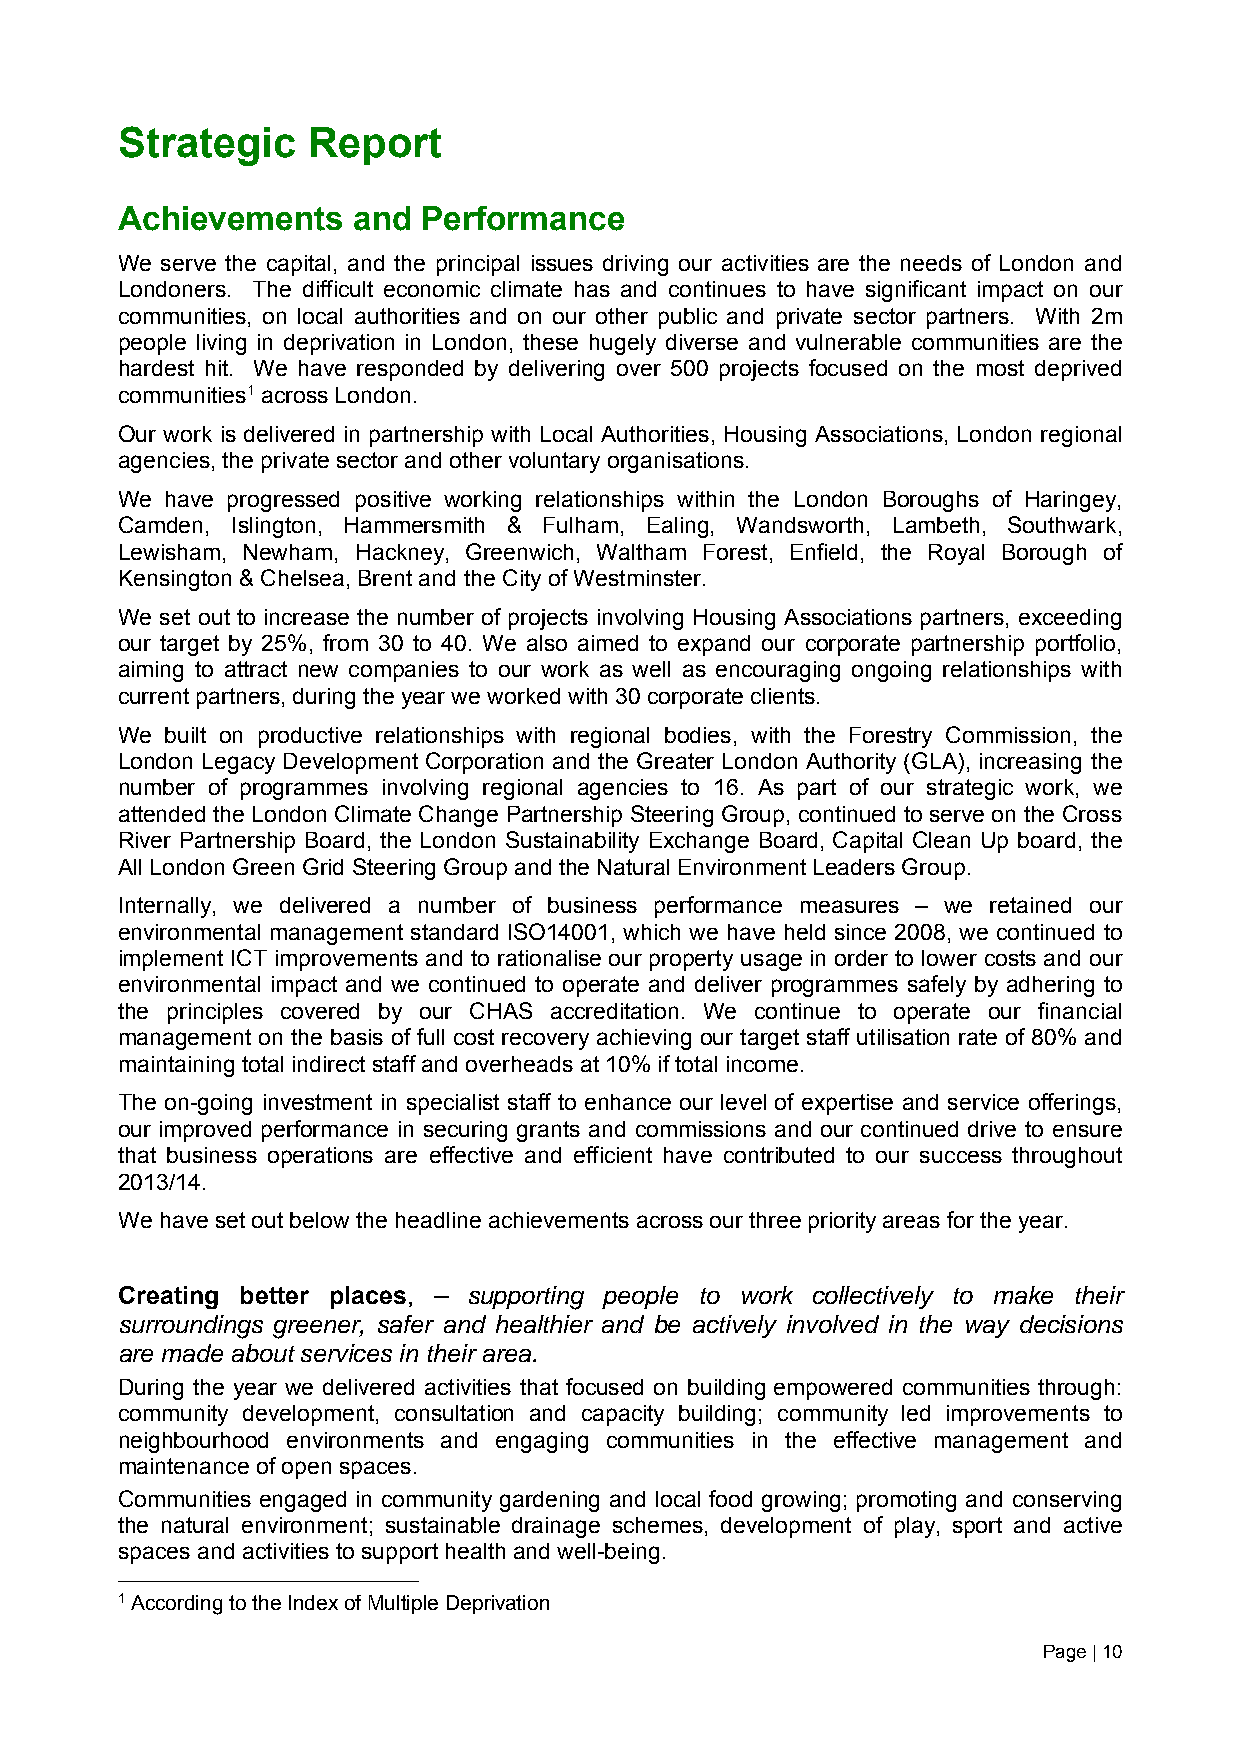
Strategic   Report
 Achievements   and  Performance
 We serve the capital, and the principal issues driving our activities are the needs of London and
 Londoners. The difficult economic climate has and continues to have significant impact on our
 communities, on local authorities and on our other public and private sector partners. With 2m
 people living in deprivation in London, these hugely diverse and vulnerable communities are the
 hardest hit. We have responded by delivering over 500 projects focused on the most deprived
 communities1 across London.
 Our work is delivered in partnership with Local Authorities, Housing Associations, London regional
 agencies, the private sector and other voluntary organisations.
 We have progressed positive working relationships within the London Boroughs of Haringey,
 Camden, Islington, Hammersmith & Fulham, Ealing, Wandsworth, Lambeth, Southwark,
 Lewisham, Newham, Hackney, Greenwich, Waltham Forest, Enfield, the Royal Borough of
 Kensington & Chelsea, Brent and the City of Westminster.
 We set out to increase the number of projects involving Housing Associations partners, exceeding
 our target by 25%, from 30 to 40. We also aimed to expand our corporate partnership portfolio,
 aiming to attract new companies to our work as well as encouraging ongoing relationships with
 current partners, during the year we worked with 30 corporate clients.
 We built on productive relationships with regional bodies, with the Forestry Commission, the
 London Legacy Development Corporation and the Greater London Authority (GLA), increasing the
 number of programmes involving regional agencies to 16. As part of our strategic work, we
 attended the London Climate Change Partnership Steering Group, continued to serve on the Cross
 River Partnership Board, the London Sustainability Exchange Board, Capital Clean Up board, the
 All London Green Grid Steering Group and the Natural Environment Leaders Group.
 Internally, we delivered a number of business performance measures – we retained our
 environmental management standard ISO14001, which we have held since 2008, we continued to
 implement ICT improvements and to rationalise our property usage in order to lower costs and our
 environmental impact and we continued to operate and deliver programmes safely by adhering to
 the principles covered by our CHAS accreditation. We continue to operate our financial
 management on the basis of full cost recovery achieving our target staff utilisation rate of 80% and
 maintaining total indirect staff and overheads at 10% if total income.
 The on-going investment in specialist staff to enhance our level of expertise and service offerings,
 our improved performance in securing grants and commissions and our continued drive to ensure
 that business operations are effective and efficient have contributed to our success throughout
 2013/14.
 We have set out below the headline achievements across our three priority areas for the year.
 Creating better places, – supporting people to work collectively to make their
 surroundings greener, safer and healthier and be actively involved in the way decisions
 are made about services in their area.
 During the year we delivered activities that focused on building empowered communities through:
 community development, consultation and capacity building; community led improvements to
 neighbourhood environments and engaging communities in the effective management and
 maintenance of open spaces.
 Communities engaged in community gardening and local food growing; promoting and conserving
 the natural environment; sustainable drainage schemes, development of play, sport and active
 spaces and activities to support health and well-being.
 1 According to the Index of Multiple Deprivation
 Page | 10